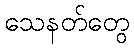
သေနတ်တွေ